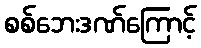
စစ်ဘေးဒဏ်ကြောင့်